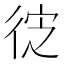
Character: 𭛮